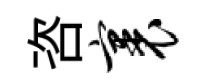
咨裹